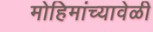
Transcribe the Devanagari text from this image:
मोहिमांच्यावेळी